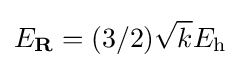
E_{\mathbf {R} }=(3/2){\sqrt {k}}E_{\mathrm {h} }